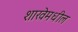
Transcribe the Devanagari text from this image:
शाखेमधील